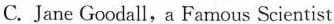
C. Jane Goodall, a Famous Scientist